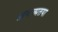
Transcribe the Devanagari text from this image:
अनात्मतया